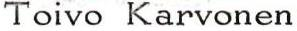
Toivo Karvonen